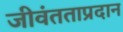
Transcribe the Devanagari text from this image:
जीवंतताप्रदान